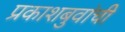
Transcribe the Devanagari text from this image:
प्रकाशबुवांची